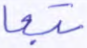
تبعا